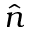
\hat { n }